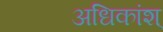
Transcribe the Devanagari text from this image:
अधिकांश्